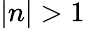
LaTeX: |n|>1